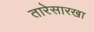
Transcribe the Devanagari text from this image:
तारेसारखा